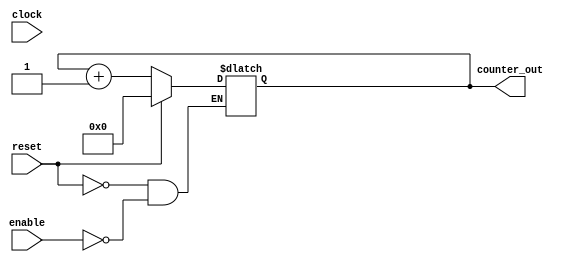
`timescale 1ns / 1ps


module counter (
        clock , // Clock input of the design
        reset , // active high, synchronous Reset input
        enable , // Active high enable signal for counter
        counter_out // 4 bit vector output of the counter
    ); // End of port list
        
    //-------------Input Ports-----------------------------
    input clock ;
    input reset ;
    input enable ;
    
    //-------------Output Ports----------------------------
    output [3:0] counter_out ;
    
    //-------------Input ports Data Type-------------------
    wire clock ;
    wire reset ;
    wire enable ;

    reg [3:0] counter_out ;
    
    always @ (clock)
    begin : COUNTER // Block Name
      if (reset == 1'b1) begin
        counter_out <= 4'b0000;
      end
      else if (enable == 1'b1) begin
        counter_out <= counter_out + 1;
      end
    end // End of Block COUNTER

endmodule // End of Module scounter